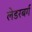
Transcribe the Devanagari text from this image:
लेडरबर्ग